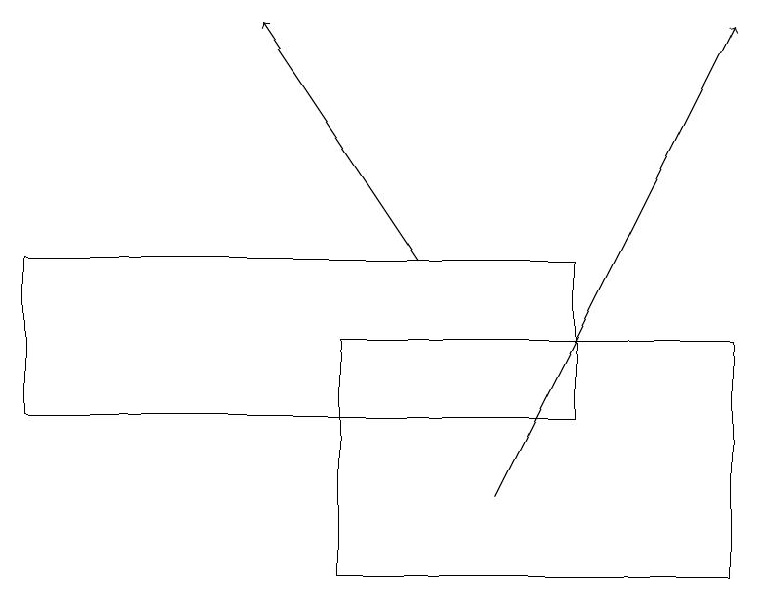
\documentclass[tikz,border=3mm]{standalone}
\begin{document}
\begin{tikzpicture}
\draw (9,14) rectangle (4,11);
\draw (0,15) rectangle (7,13);
\draw[->] (5,15) -- (3,18);
\draw[->] (6,12) -- (9,18);
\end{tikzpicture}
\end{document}